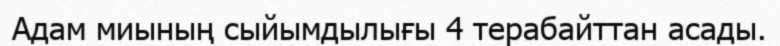
Адам миының сыйымдылығы 4 терабайттан асады.